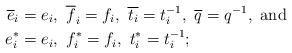
LaTeX: \begin{align*}\overline{e}_i &= e_i,\ \overline{f}_i = f_i,\ \overline{t_i}=t_i ^{-1},\ \overline{q}=q^{-1},\ {\rm and}\\e_i ^\ast &= e_i,\ f_i ^\ast = f_i,\ t_i ^\ast = t_i ^{-1};\end{align*}